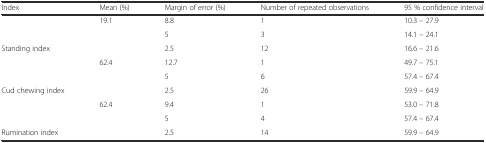
<table><thead><tr><td><b>Index</b></td><td><b>Mean (%)</b></td><td><b>Margin of error (%)</b></td><td><b>Number of repeated observations</b></td><td><b>95 % confidence interval</b></td></tr></thead><tbody><tr><td rowspan="3">Standing index</td><td>19.1</td><td>8.8</td><td>1</td><td>10.3 – 27.9</td></tr><tr><td></td><td>5</td><td>3</td><td>14.1 – 24.1</td></tr><tr><td></td><td>2.5</td><td>12</td><td>16.6 – 21.6</td></tr><tr><td rowspan="3">Cud chewing index</td><td>62.4</td><td>12.7</td><td>1</td><td>49.7 – 75.1</td></tr><tr><td></td><td>5</td><td>6</td><td>57.4 – 67.4</td></tr><tr><td></td><td>2.5</td><td>26</td><td>59.9 – 64.9</td></tr><tr><td rowspan="2"></td><td>62.4</td><td>9.4</td><td>1</td><td>53.0 – 71.8</td></tr><tr><td></td><td>5</td><td>4</td><td>57.4 – 67.4</td></tr><tr><td>Rumination index</td><td></td><td>2.5</td><td>14</td><td>59.9 – 64.9</td></tr></tbody></table>